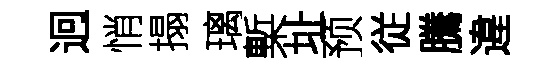
迥悄搨璃槧址预従騰違